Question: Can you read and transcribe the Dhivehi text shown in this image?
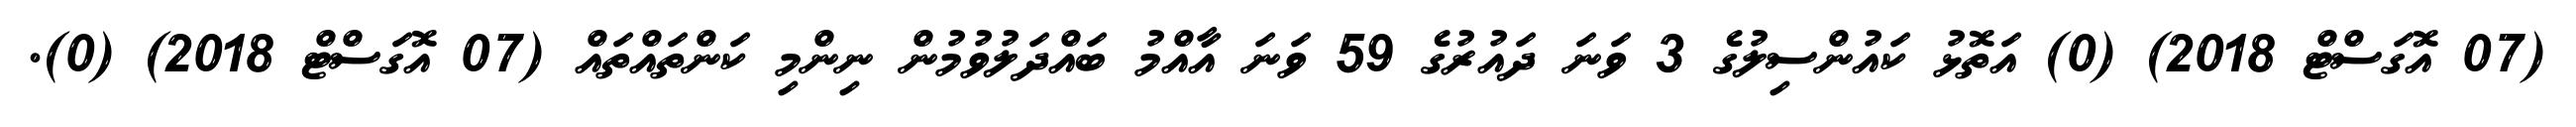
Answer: (07 އޮގަސްޓް 2018) (0) އަތޮޅު ކައުންސިލުގެ 3 ވަނަ ދައުރުގެ 59 ވަނަ އާއްމު ބައްދަލުވުމުން ނިންމި ކަންތައްތައް (07 އޮގަސްޓް 2018) (0).